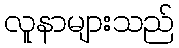
လူနာများသည်